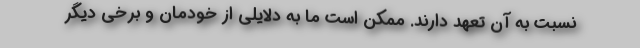
نسبت به آن تعهد دارند. ممکن است ما به دلایلی از خودمان و برخی دیگر